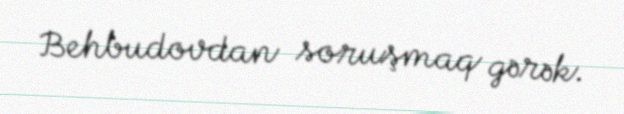
Behbudovdan soruşmaq gərək.